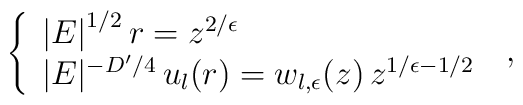
\left\{ \begin{array}{l} \left| E \right|^{1/2} r= z^{ 2/\epsilon}  \\ |E|^{-D^{\prime}/4} \, u_{l}(r) = w_{l,\epsilon} (z) \, z^{ 1/\epsilon - 1/2 } \end{array} \right. \;  ,